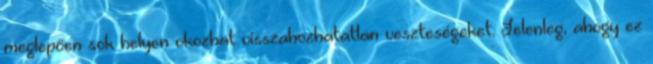
meglepően sok helyen okozhat visszahozhatatlan veszteségeket. Jelenleg, ahogy ez